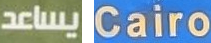
يساعد Cairo